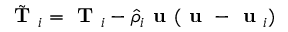
\tilde { \textbf { T } } _ { i } = \textbf { T } _ { i } - \hat { \rho } _ { i } \textbf { u } ( \textbf { u } - \textbf { u } _ { i } )